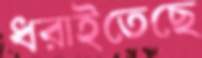
ধরাইতেছে